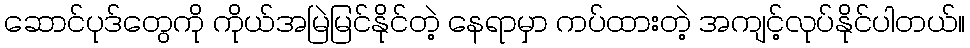
ဆောင်ပုဒ်တွေကို ကိုယ်အမြဲမြင်နိုင်တဲ့ နေရာမှာ ကပ်ထားတဲ့ အကျင့်လုပ်နိုင်ပါတယ်။